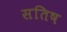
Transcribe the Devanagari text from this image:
सतिष